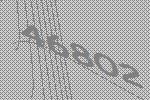
46802